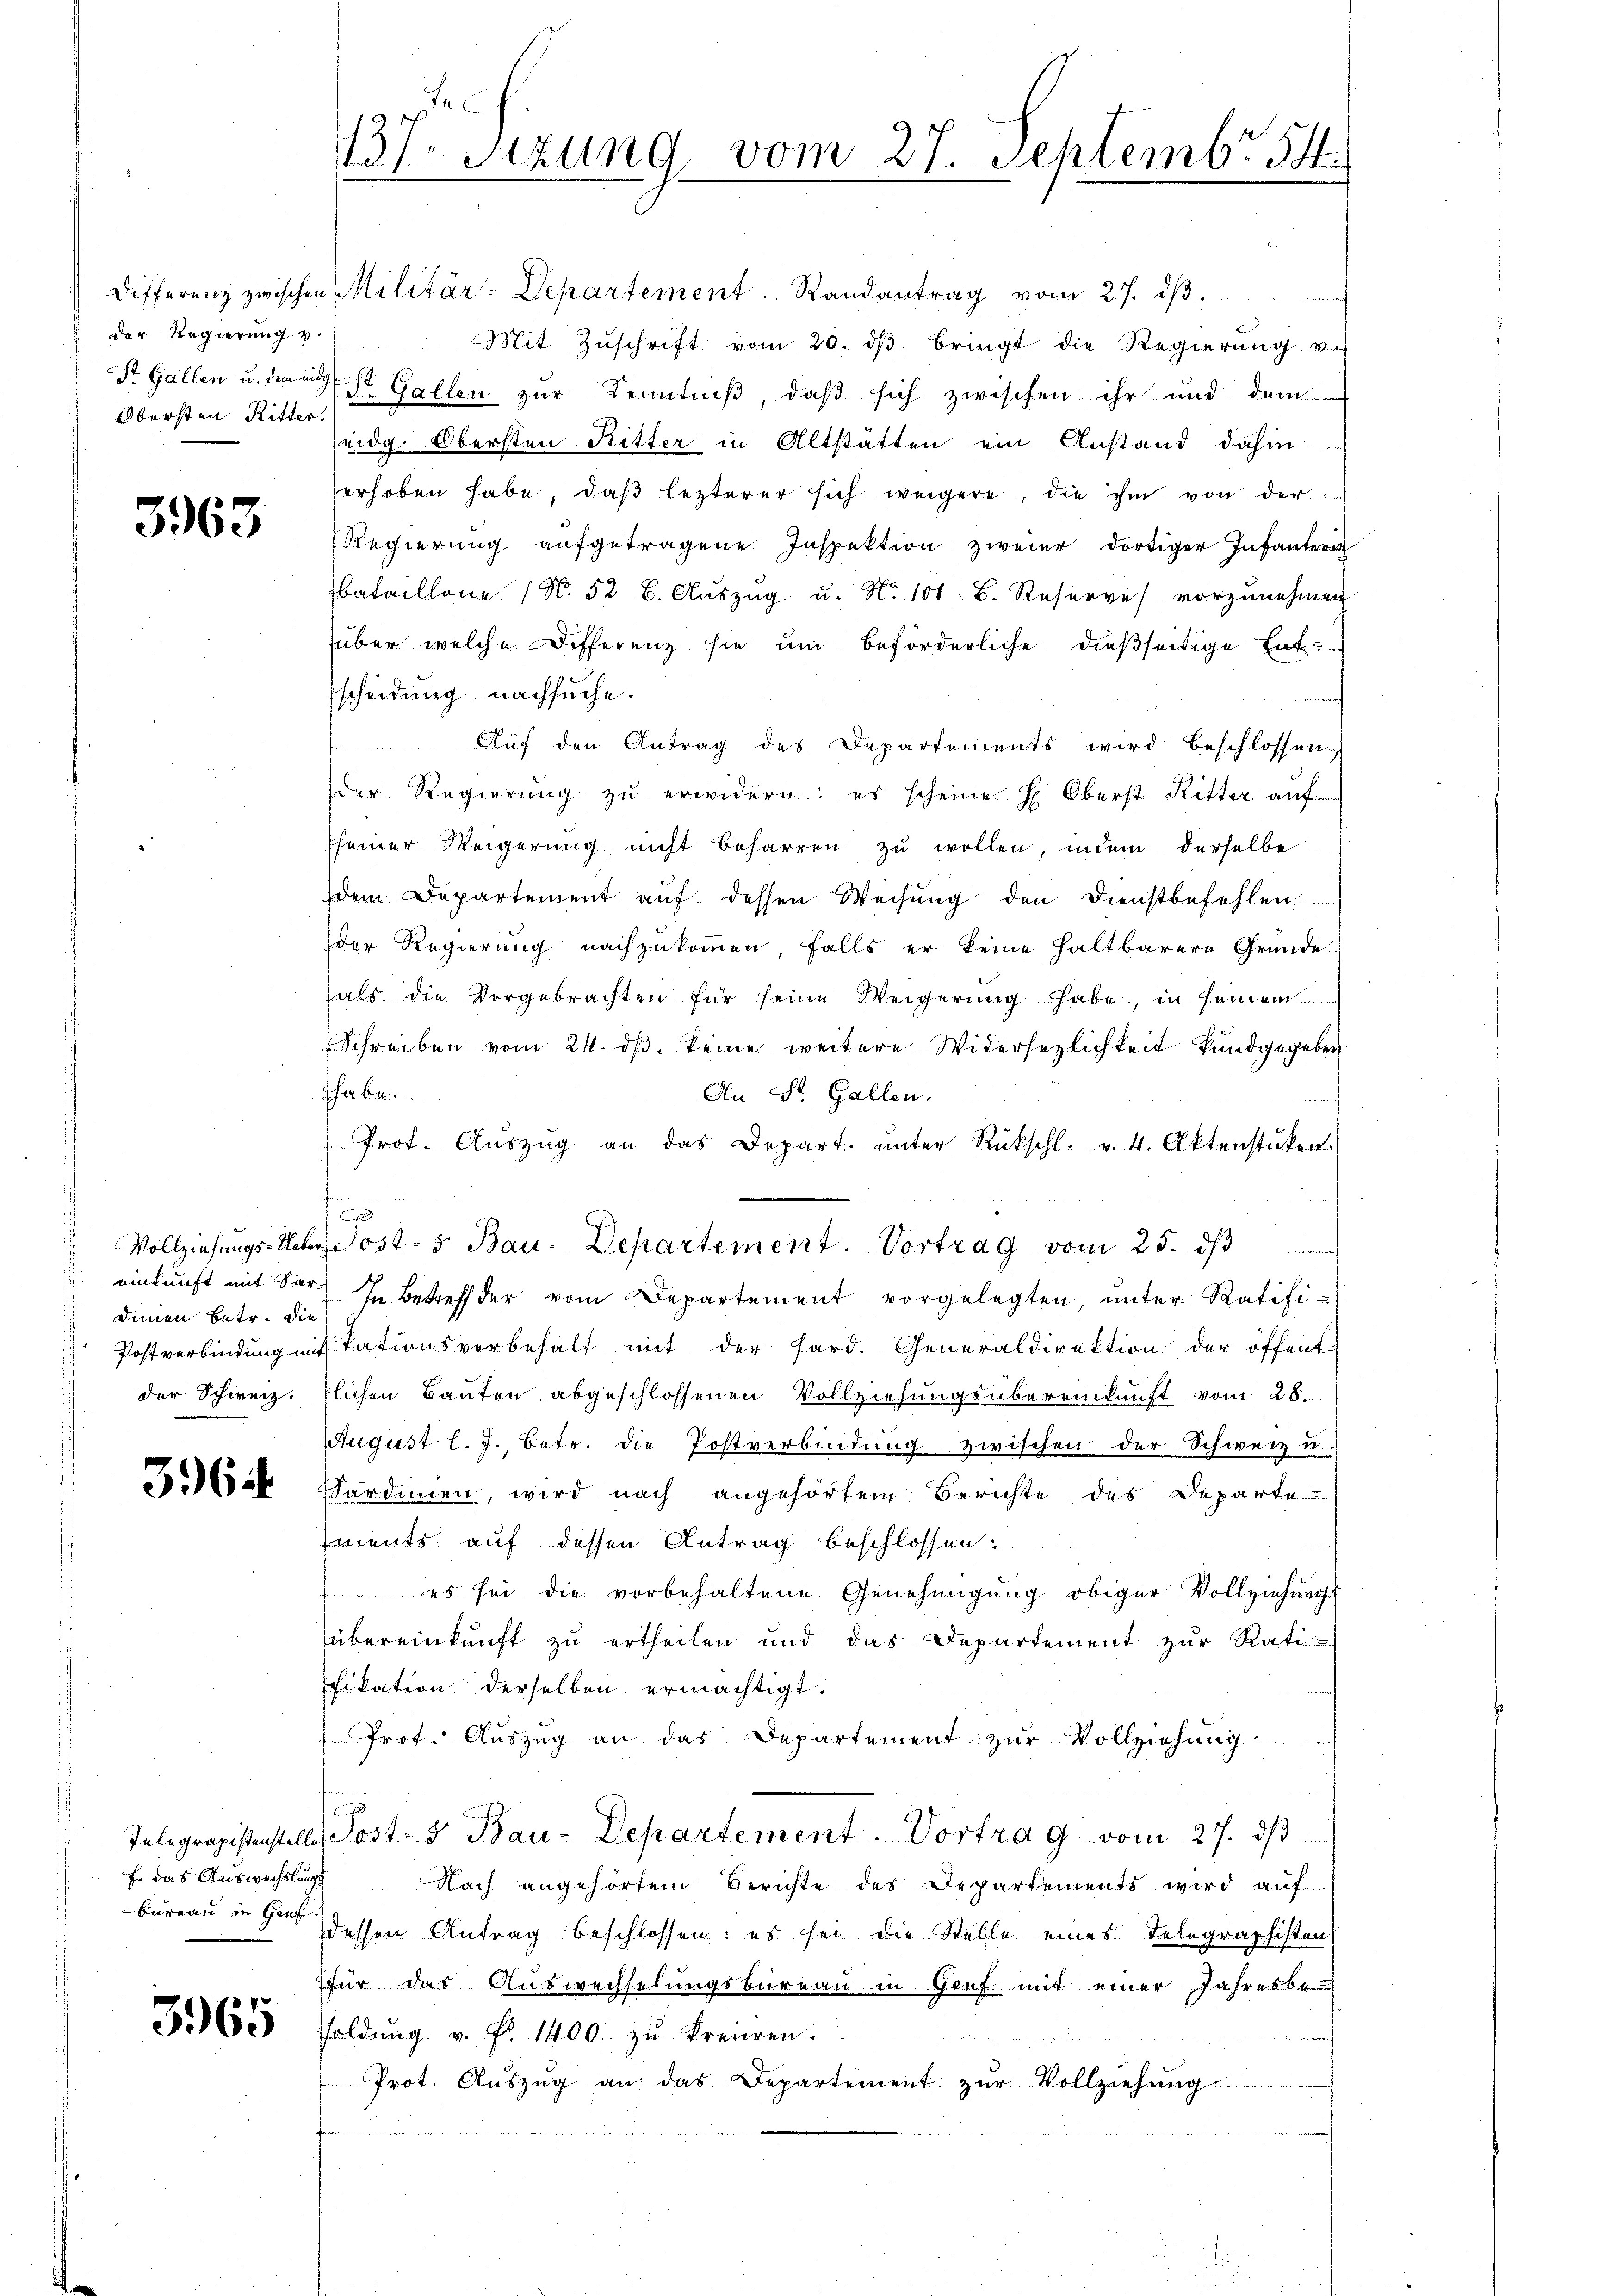
der Regierung v.
Obersten Ritter.

3963

einkunft mit Sar-
der Schweiz.

3964

f. das Auswechslungs
Burgau in Genf

3965

e
137. Sitzung vom 27. Septembr 54

Differenz zwischen Militär-Departement. Randantrag vom 27. dβ.

Mit Zuschrift vom 20. dβ. bringt die Regierung v
St. Gallen u. den ist. Gallen zur Kenntniß, daß sich zwischen ihr und dem
seidg. Obersten Ritter in Altstätten ein Anstand dahin
erhoben habe, daß lezterer sich weigere, die ihm von der
Regierung aufgetragene Inspektion zweier dortiger Infanter
bataillone (N. 52 b. Aŭszŭg u. No 101 B. Reserve) vorzŭnehmen
über welche Differenz sie um beförderliche dießseitige Ent-
scheidung nachsuche.
Aŭf den Antrag des Departements wird beschlossen
der Regierŭng zŭ erwidern: es scheine H. Oberst Ritter auf
seiner Weigerung nicht beharren zŭ wollen, indem derselbe
dem Departement auf dessen Weisung den Dienstbefehlen
der Regierung nachzukommen, falls er keine haltbarere Gründe
als die Vorgebrachten für seine Weigerŭng habe, in seinem
Schreiben vom 24. ds. keine weitere Widersezlichkeit kundgegeben
iher bei.
An St. Gallen.
f
Prot. Aŭszŭg an das Depart. ŭnter Rückschl. v. 4. Aktenstücken.
0
 Vollziehungs-Ueber ost- 5. Bau. Departement. Vortrag vom 25. dβ
denen betr. die in Betreff der vom Departement vorgelegten, unter Ratifi¬
Postverbindung mit tationsvorbehalt mit der Hard. Generaldirektion der öffent-
lichen Bauten abgeschlossenen Vollziehungsübereinkunft vom 28.
August l. J. betr. die Postverbindŭng zwischen der Schweiz u.
Sardinien, wird nach angehörtem Berichte des Departe
ments auf dessen Antrag beschlossen:
 es sei die vorbehaltene Genehmigung obiger Vollziehungs-
übereinkunft zu ertheilen und das Departement zur Rati
fikation derselben ermächtigt.
Prof. Auszug an das Departement zur Vollziehung .............
Telegrapistenstelle Post- & Bau-Departement. Vortrag vom 27. dβ
Nach angehörtem Berichte des Departements wird auf
dessen Antrag beschlossen: es sei die Stelle eines Telegraphisten
für das Auswechselungsbureau in Genf mit einer Jahresbe-
foldŭng v. Fr. 1400. zŭ kreieren.
Prot. Aŭszŭg an: das Departement zŭr Vollziehung
2